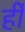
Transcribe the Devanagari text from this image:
र्ही